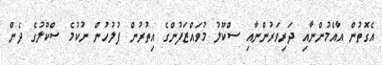
އެގޮތުން އާއްމުންނާއި ދަރިވަރުންނާއި ސްކޫލު މުވައްޒަފުންގެ އިތުރުން ފުލުހުން ނުކުމެ ސްކޫލުގެ ދެން